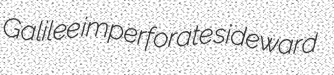
Galilee imperforate sideward